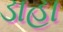
ડાહા